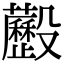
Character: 𣫧